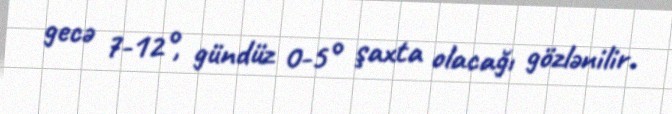
gecə 7-12°, gündüz 0-5° şaxta olacağı gözlənilir.